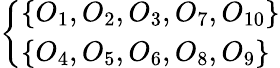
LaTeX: \left\{ \begin{array}{ll}{\{ O_{1},O_{2},O_{3},O_{7},O_{10}\} }\\ {\{ O_{4},O_{5},O_{6},O_{8},O_{9}\} }\end{array}\right.